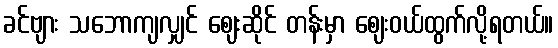
ခင်ဗျား သဘောကျလျှင် ဈေးဆိုင် တန်းမှာ ဈေးဝယ်ထွက်လို့ရတယ်။